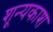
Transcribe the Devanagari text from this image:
शून्यकाश